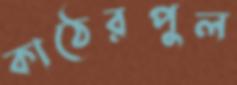
কাঠেরপুল